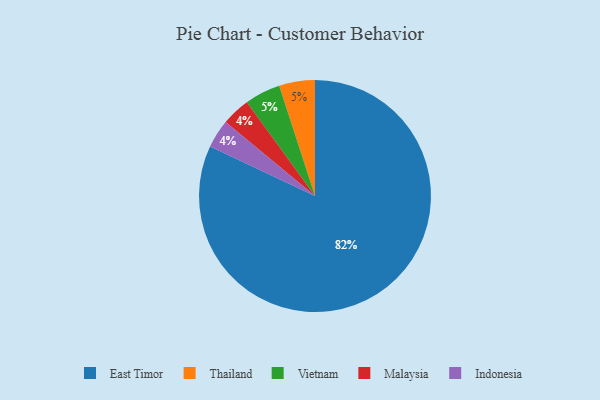
{"axis": {"x": "Category", "y": "Percentage"}, "legend": ["East Timor", "Indonesia", "Malaysia", "Thailand", "Vietnam"], "data": [{"x": "Thailand", "y": 5, "type": "Thailand"}, {"x": "Vietnam", "y": 5, "type": "Vietnam"}, {"x": "Malaysia", "y": 4, "type": "Malaysia"}, {"x": "East Timor", "y": 82, "type": "East Timor"}, {"x": "Indonesia", "y": 4, "type": "Indonesia"}]}